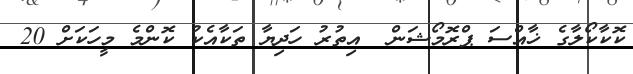
ކޮކާކޯލާގެ ޚާއްސަ ޕްރޮމޯޝަން  އިތުރު ހަދިޔާ ތަކާއެކު ކޮންމެ މީހަކަށް 20